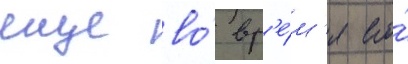
еще во́ вр'е́м'я его́